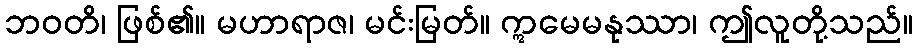
ဘဝတိ၊ ဖြစ်၏။ မဟာရာဇ၊ မင်းမြတ်။ ဣမေမနုဿာ၊ ဤလူတို့သည်။